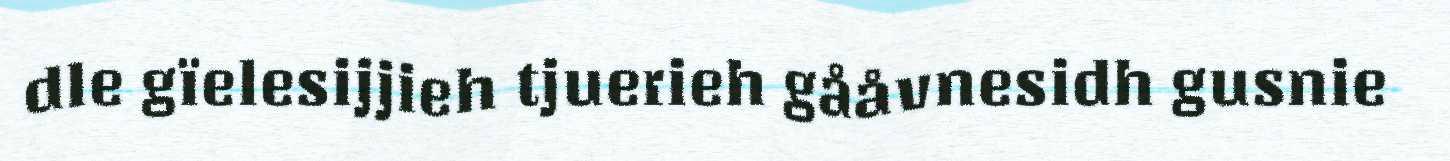
dle gïelesijjieh tjuerieh gååvnesidh gusnie